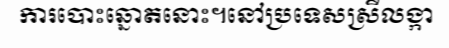
ការបោះឆ្នោតនោះ។នៅប្រទេសស្រីលង្កា